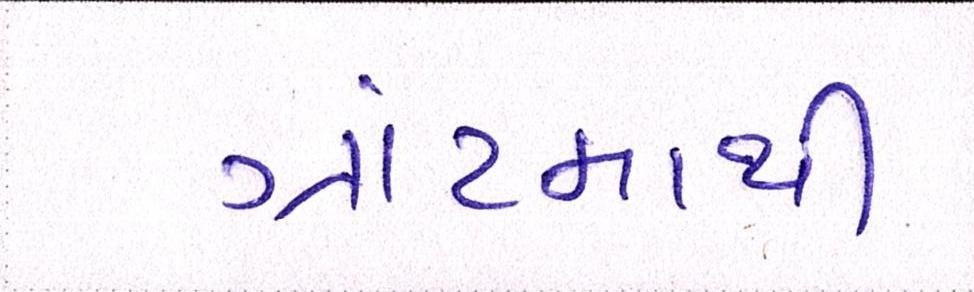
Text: ગ્રાંટમાથી